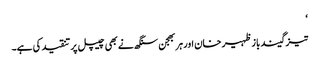
‘
تیز گیند باز ظہیر خان اور ہربھجن سنگھ نے بھی چیپل پر تنقید کی ہے۔